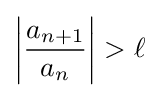
\left|{\frac {a_{n+1}}{a_{n}}}\right|>\ell